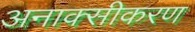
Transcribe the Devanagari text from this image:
अनाक्सीकरण